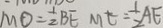
M O = \frac { 1 } { 2 } B E M t = \frac { 1 } { 2 } A E